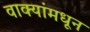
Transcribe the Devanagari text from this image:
वाक्यांमधून